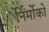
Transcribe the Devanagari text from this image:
र्निर्मोको